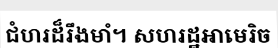
ជំហរដ៏រឹងមាំ។ សហរដ្ឋអាមេរិច